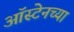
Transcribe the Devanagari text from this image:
ऑस्टेनच्या